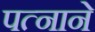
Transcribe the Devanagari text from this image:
पत्‍नाने